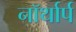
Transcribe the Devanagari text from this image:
नॉर्थार्प